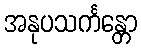
အနုပသင်္ကန္တော